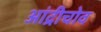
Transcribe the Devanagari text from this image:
आंद्रीचोव